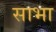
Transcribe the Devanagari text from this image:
साभा